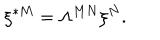
LaTeX: \xi ^ { * M } = \Lambda ^ { M N } \xi ^ { N } .